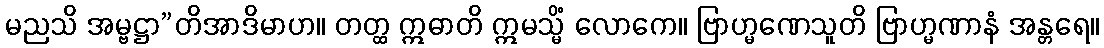
မညသိ အမ္ဗဋ္ဌာ”တိအာဒိမာဟ။ တတ္ထ ဣဓာတိ ဣမသ္မိံ လောကေ။ ဗြာဟ္မဏေသူတိ ဗြာဟ္မဏာနံ အန္တရေ။